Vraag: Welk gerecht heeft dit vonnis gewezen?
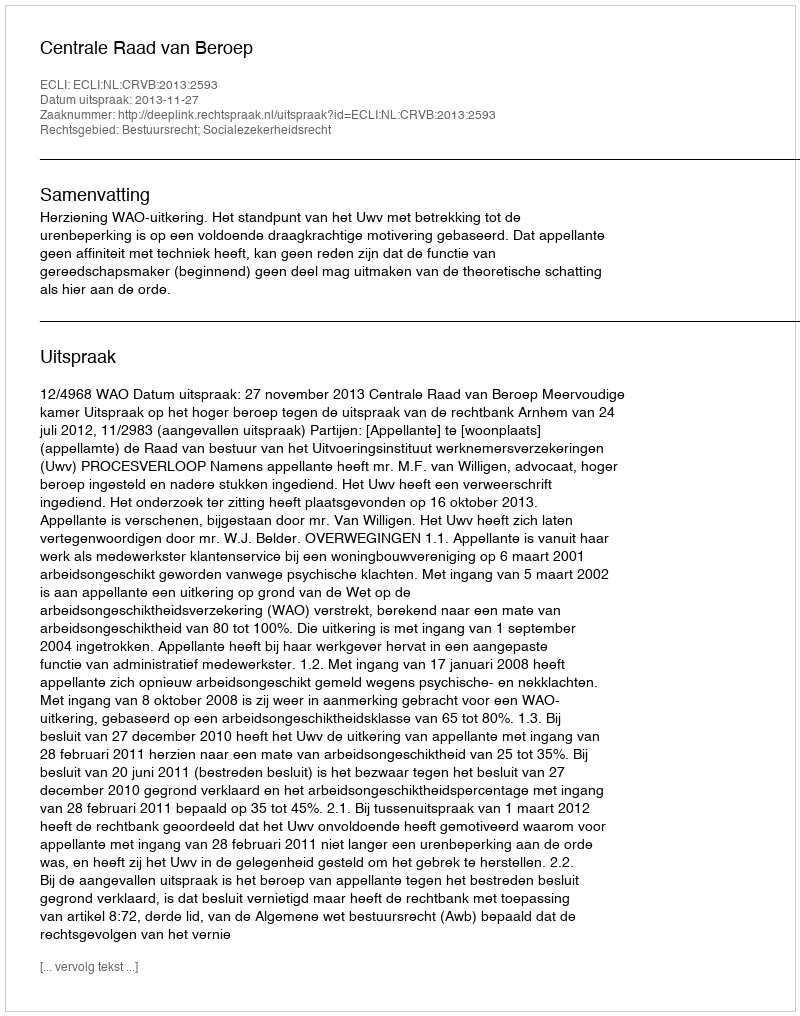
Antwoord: Centrale Raad van Beroep